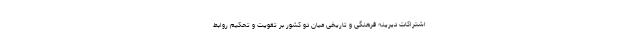
اشتراکات دیرینه فرهنگی و تاریخی میان دو کشور بر تقویت و تحکیم روابط